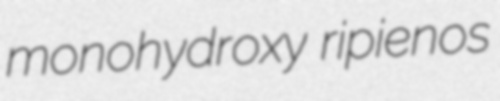
monohydroxy ripienos